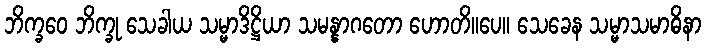
ဘိက္ခဝေ ဘိက္ခု သေခါယ သမ္မာဒိဋ္ဌိယာ သမန္နာဂတော ဟောတိ။ပေ။ သေခေန သမ္မာသမာဓိနာ